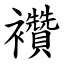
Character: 襸